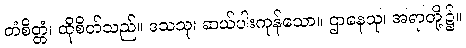
တံစိတ္တံ၊ ထိုစိတ်သည်။ ဒသသု၊ ဆယ်ပါးကုန်သော။ ဌာနေသု၊ အရာတို့၌။